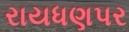
રાયધણપર